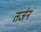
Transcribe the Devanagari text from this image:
तर्जनं